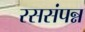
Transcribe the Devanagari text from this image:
रससंपन्न